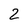
Character: 2